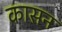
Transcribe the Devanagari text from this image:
कासन